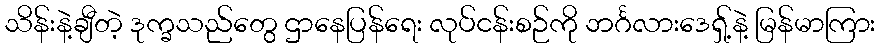
သိန်းနဲ့ချီတဲ့ ဒုက္ခသည်တွေ ဌာနေပြန်ရေး လုပ်ငန်းစဉ်ကို ဘင်္ဂလားဒေရှ့်နဲ့ မြန်မာကြား